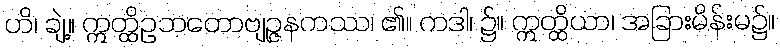
ဟိ၊ ချဲ့။ ဣတ္ထိဥဘတောဗျဉ္ဇနကဿ၊ ၏။ ကဒါ၊ ၌။ ဣတ္ထိယာ၊ အခြားမိန်းမ၌။